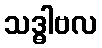
သဒ္ဓါဗလ